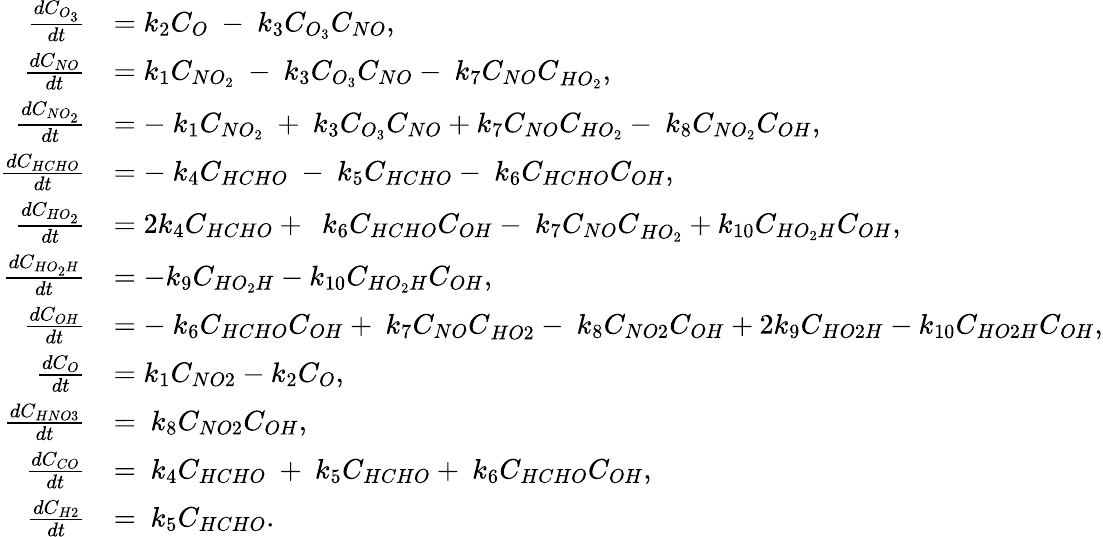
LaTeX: \begin{array}{rl}{\frac{dC_{O_{3}}}{dt}}&{=k_{2}C_{O}\ -{\ k}_{3}C_{O_{3}}C_{NO},}\\ {\frac{dC_{NO}}{dt}}&{=k_{1}C_{NO_{2}}\ -{\ k}_{3}C_{O_{3}}C_{NO}-{\ k}_{7}{C_{NO}C}_{HO_{2}},}\\ {\frac{dC_{NO_{2}}}{dt}}&{={-\ k}_{1}C_{NO_{2}}\ +{\ k}_{3}C_{O_{3}}C_{NO}+k_{7}C_{NO}C_{HO_{2}}-{\ k}_{8}C_{NO_{2}}C_{OH},}\\ {\frac{dC_{HCHO}}{dt}}&{={-\ k}_{4}C_{HCHO}\ -{\ k}_{5}C_{HCHO}-{\ k}_{6}C_{HCHO}C_{OH},}\\ {\frac{dC_{HO_{2}}}{dt}}&{={2k}_{4}C_{HCHO}+\ {\ k}_{6}C_{HCHO}C_{OH}-{\ k}_{7}{C_{NO}C}_{HO_{2}}+k_{10}C_{HO_{2}H}C_{OH},}\\ {\frac{dC_{HO_{2}H}}{dt}}&{=-k_{9}C_{HO_{2}H}-k_{10}C_{HO_{2}H}C_{OH},}\\ {\frac{dC_{OH}}{dt}}&{=-{\ k}_{6}C_{HCHO}C_{OH}+{\ k}_{7}{C_{NO}C}_{HO2}-{\ k}_{8}C_{NO2}C_{OH}+{2k}_{9}C_{HO2H}-k_{10}C_{HO2H}C_{OH},}\\ {\frac{dC_{O}}{dt}}&{=k_{1}C_{NO2}-k_{2}C_{O},}\\ {\frac{dC_{HNO3}}{dt}}&{={\ k}_{8}C_{NO2}C_{OH},}\\ {\frac{dC_{CO}}{dt}}&{={\ k}_{4}C_{HCHO}\ +{\ k}_{5}C_{HCHO}+{\ k}_{6}C_{HCHO}C_{OH},}\\ {\frac{dC_{H2}}{dt}}&{={\ k}_{5}C_{HCHO}.}\end{array}